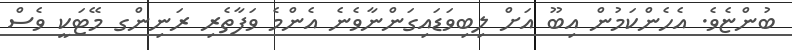
ބުންޏެވެ. އެހެންކަމުން އިބޫ އަށް ލިބިވަޑައިގަންނާވެނެ އެންމެ ވަފާތެރި ރަނިންގ މޭޓަކީ ވެސް